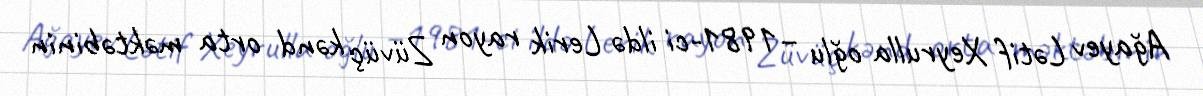
Ağayev Lətif Xeyrulla oğlu –1981-ci ildə Lerik rayon Züvüç kənd orta məktəbinin